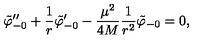
{ \tilde { \varphi } _ { - 0 } } ^ { \prime \prime } + { \frac { 1 } { r } } { \tilde { \varphi } _ { - 0 } } ^ { \prime } - { \frac { \mu ^ { 2 } } { 4 M } } { \frac { 1 } { r ^ { 2 } } } { \tilde { \varphi } _ { - 0 } } = 0 ,